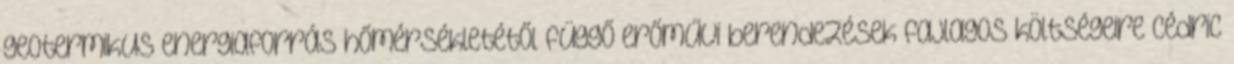
geotermikus energiaforrás hőmérsékletétől függő erőművi berendezések fajlagos költségeire Cédric